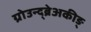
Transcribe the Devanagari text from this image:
ग्रोउन्द्ब्रेअकीङ्